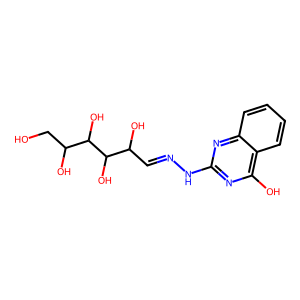
SMILES: OCC(O)C(O)C(O)C(O)C=NNc1nc(O)c2ccccc2n1
Inhibits HIV replication: No